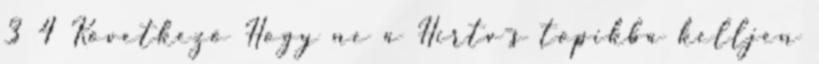
3 4 Következő Hogy ne a Hirtv-s topikba kelljen